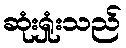
ဆုံးရှုံးသည်